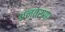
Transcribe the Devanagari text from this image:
अन्तरण।